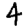
Digit: 4